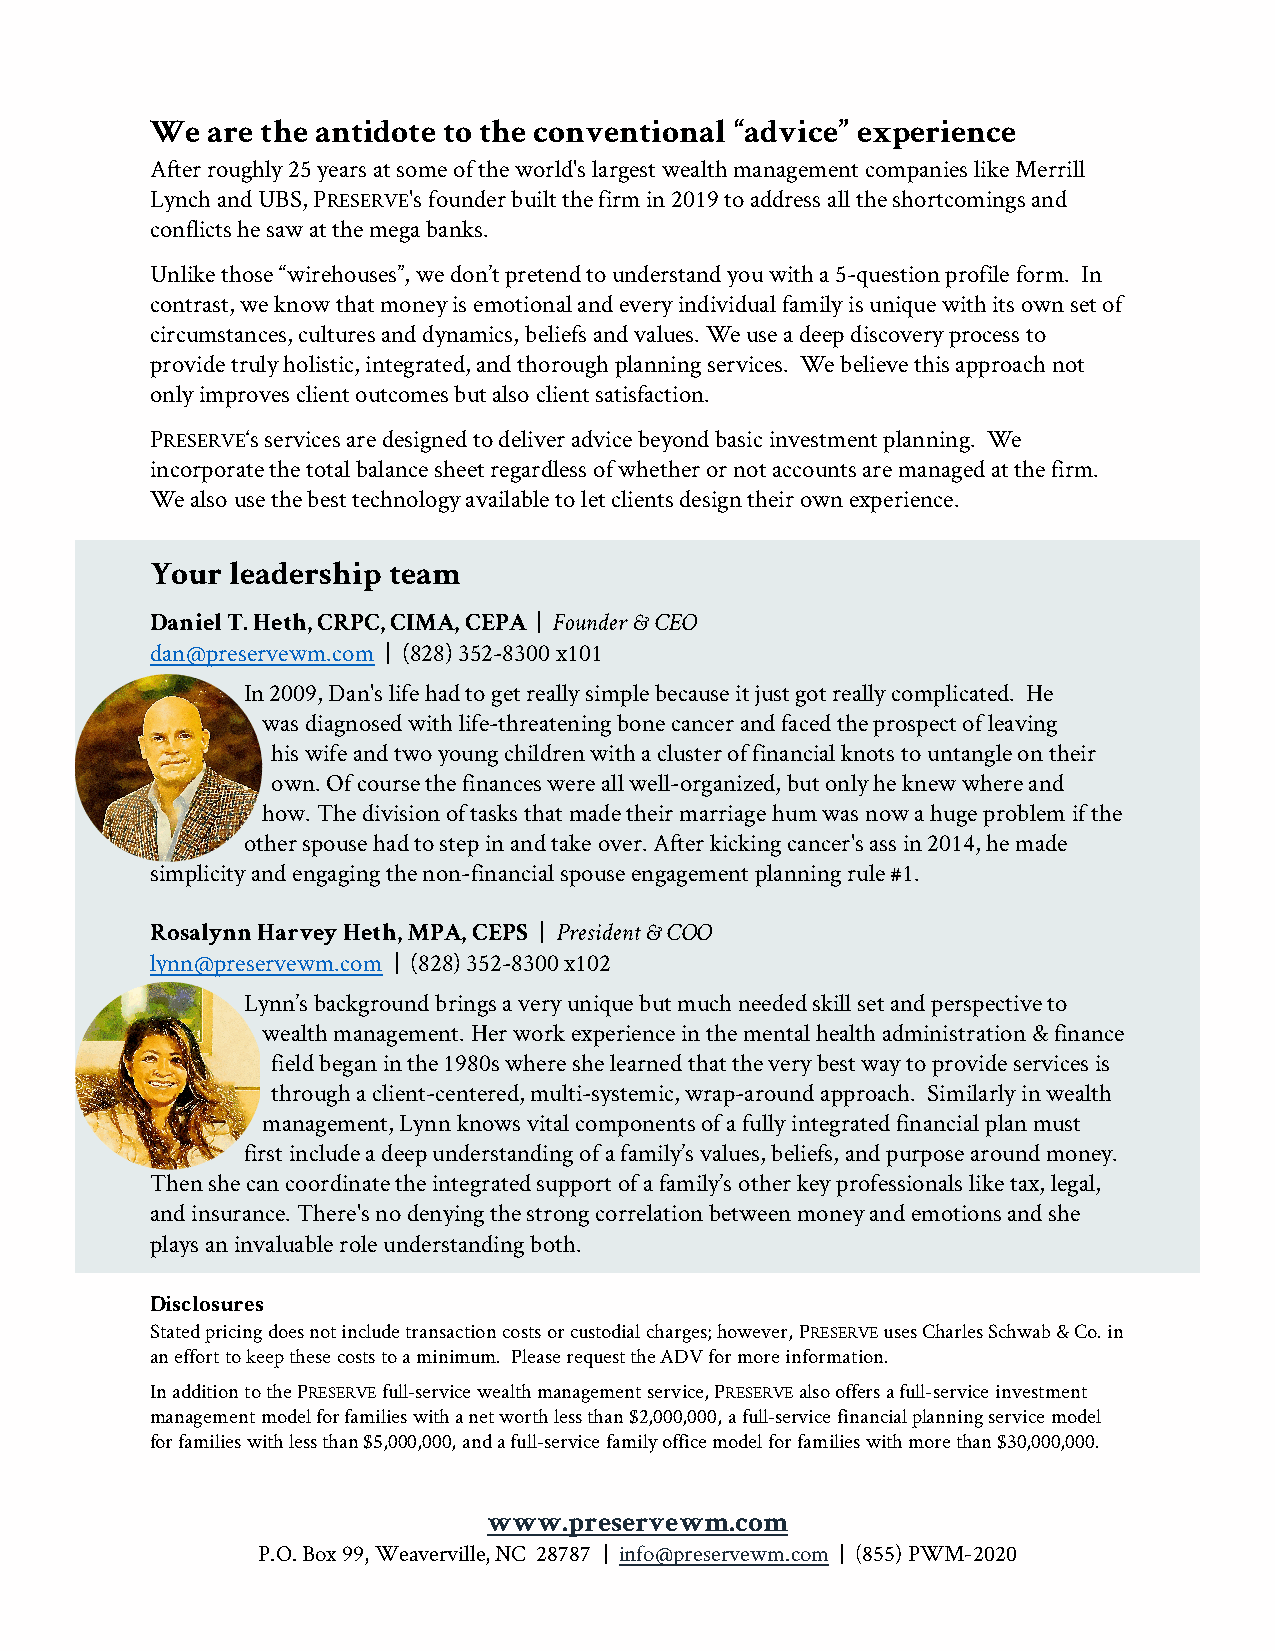
We  are the antidote to the conventional “advice” experience
 After roughly 25 years at some of the world's largest wealth management companies like Merrill
 Lynch and UBS, PRESERVE's founder built the firm in 2019 to address all the shortcomings and
 conflicts he saw at the mega banks.
 Unlike those “wirehouses”, we don’t pretend to understand you with a 5-question profile form. In
 contrast, we know that money is emotionaland every individual family is unique with its own set of
 circumstances, cultures and dynamics, beliefs and values. We use a deep discovery process to
 provide truly holistic, integrated, and thorough planning services. We believe this approach not
 only improves client outcomes but also client satisfaction.
 PRESERVE‘s services are designed to deliver advice beyond basic investment planning. We
 incorporate the total balance sheet regardless of whether or notaccounts are managed at the firm.
 We also use the best technology available to let clients design their own experience.
 Your leadership team
 Daniel T. Heth, CRPC, CIMA, CEPA | Founder & CEO
 dan@preservewm.com | (828) 352-8300 x101
 In 2009, Dan's life had to get really simplebecause it just got really complicated. He
 was diagnosed with life-threatening bone cancer and faced the prospect of leaving
 his wife and two young children with a cluster of financial knots to untangle on their
 own. Of course the finances were all well-organized, but only he knew where and
 how. The division of tasks that made their marriage hum was now a huge problem if the
 other spouse had to step in and take over. After kicking cancer's ass in 2014, he made
 simplicity and engaging the non-financial spouse engagement planning rule #1.
 Rosalynn Harvey Heth, MPA, CEPS | President & COO
 lynn@preservewm.com | (828) 352-8300 x102
 Lynn’s background brings a very uniquebut much needed skill set and perspective to
 wealth management. Her work experience in the mental health administration & finance
 field began in the 1980s where she learned that the very best way to provide services is
 through a client-centered, multi-systemic, wrap-around approach. Similarly in wealth
 management, Lynn knows vital components of a fully integrated financial plan must
 first include a deep understanding of a family’s values, beliefs, and purpose around money.
 Then she can coordinate the integrated support of a family’s other key professionals like tax, legal,
 and insurance. There's no denying the strong correlation between money and emotions and she
 plays an invaluable role understanding both.
 Disclosures
 Stated pricing does not include transaction costs or custodial charges; however, PRESERVEuses Charles Schwab & Co. in
 an effort tokeep these costs to a minimum. Please request the ADV for more information.
 In addition to the PRESERVEfull-service wealth management service, PRESERVEalso offers a full-service investment
 management model for families with a net worth less than $2,000,000, a full-service financial planning service model
 for families with less than $5,000,000, and a full-service family office model for families with more than $30,000,000.
 www.preservewm.com
 P.O. Box 99, Weaverville, NC 28787 | info@preservewm.com | (855) PWM-2020